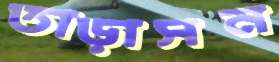
তাড়াসন